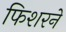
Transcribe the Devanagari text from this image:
फिशरने